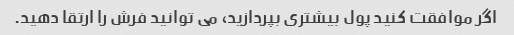
اگر موافقت کنید پول بیشتری بپردازید، می توانید فرش را ارتقا دهید.